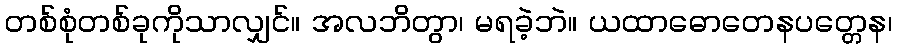
တစ်စုံတစ်ခုကိုသာလျှင်။ အလဘိတွာ၊ မရခဲ့ဘဲ။ ယထာဓောတေနပတ္တေန၊